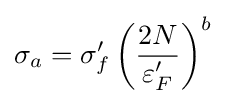
\sigma _{a}=\sigma '_{f}\left({\frac {2N}{\varepsilon '_{F}}}\right)^{b}